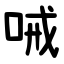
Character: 㖑